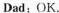
Dad:OK.